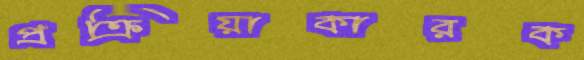
প্রক্রিয়াকারক